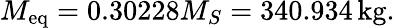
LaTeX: M_{\mathrm{eq}}=0.30228M_{S}=340.934\, \mathrm{kg}.